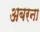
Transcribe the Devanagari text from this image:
अबरना